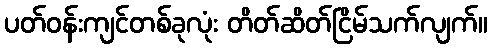
ပတ်ဝန်းကျင်တစ်ခုလုံး တိတ်ဆိတ်ငြိမ်သက်လျက်။